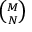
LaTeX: \scriptstyle { \binom { M } { N } }